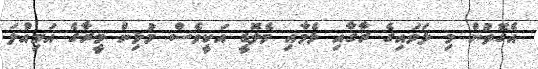
އެގޮތުން މި ލަވައިގެ ރާގާއި ޅެމާއި މެލޮޑީ އަކީވެސް މުޅިން މީރާގެ އަމިއްލަ